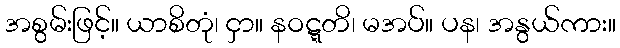
အစွမ်းဖြင့်။ ယာစိတုံ၊ ငှာ။ နဝဋ္ဋတိ၊ မအပ်။ ပန၊ အနွယ်ကား။